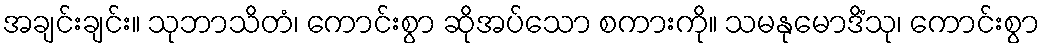
အချင်းချင်း။ သုဘာသိတံ၊ ကောင်းစွာ ဆိုအပ်သော စကားကို။ သမနုမောဒိံသု၊ ကောင်းစွာ